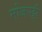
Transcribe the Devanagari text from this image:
मोजपट्टी